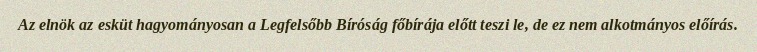
Az elnök az esküt hagyományosan a Legfelsőbb Bíróság főbírája előtt teszi le, de ez nem alkotmányos előírás.